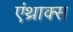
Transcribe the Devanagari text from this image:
एंथ्राक्स